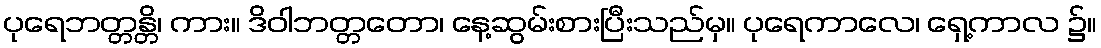
ပုရေဘတ္တန္တိ၊ ကား။ ဒိဝါဘတ္တတော၊ နေ့ဆွမ်းစားပြီးသည်မှ။ ပုရေကာလေ၊ ရှေ့ကာလ ၌။